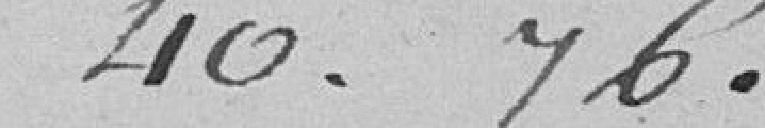
40,76